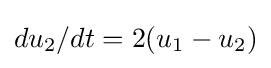
{du_{2}}/{dt}=2(u_{1}-u_{2})